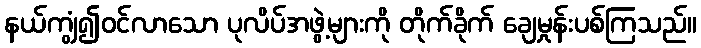
နယ်ကျွံ၍ဝင်လာသော ပုလိပ်အဖွဲ့များကို တိုက်ခိုက် ချေမှုန်းပစ်ကြသည်။